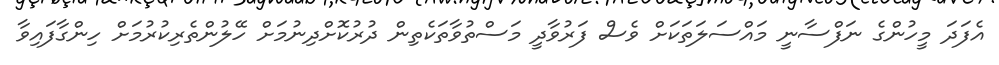
އެފަދަ މީހުންގެ ނަފްސާނީ މައްސަލަތަކަށް ވެސް ފަރުވާދީ މަސްތުވާތަކެތިން ދުރުކޮށްދިނުމަށް ހޭލުންތެރިކުރުމަށް ހިންގާފައިވާ